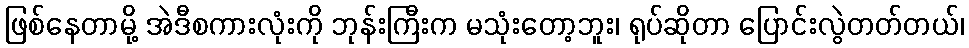
ဖြစ်နေတာမို့ အဲဒီစကားလုံးကို ဘုန်းကြီးက မသုံးတော့ဘူး၊ ရုပ်ဆိုတာ ပြောင်းလွဲတတ်တယ်၊